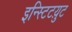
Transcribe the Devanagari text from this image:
इन्स्टिटय़ुट